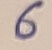
Text: 6